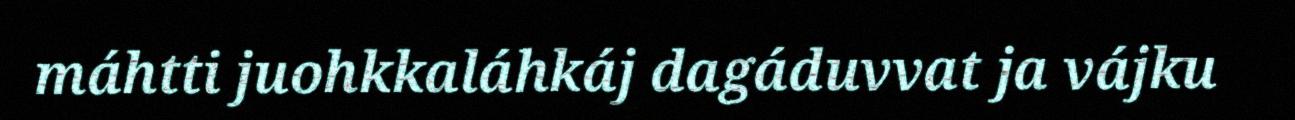
máhtti juohkkaláhkáj dagáduvvat ja vájku